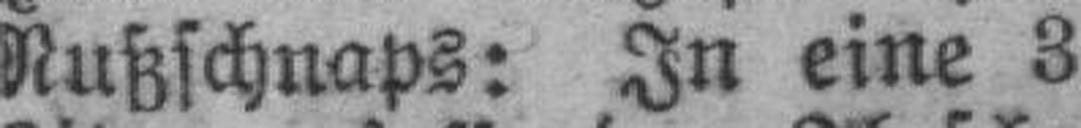
Nußschnaps: In eine 3